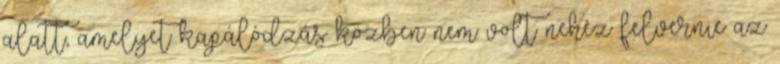
alatt, amelyet kapálódzás közben nem volt nehéz felvernie az